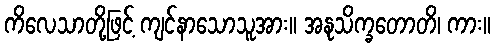
ကိလေသာတို့ဖြင့် ကျင်နာသောသူအား။ အနုသိက္ခတောတိ၊ ကား။